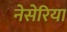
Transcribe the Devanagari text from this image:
नेसेरिया